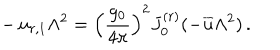
- \, u _ { r , 1 } \Lambda ^ { 2 } = \left( \frac { g _ { 0 } } { 4 \pi } \right) ^ { 2 } J _ { 0 } ^ { ( r ) } ( - { \overline { { { u } } } } \Lambda ^ { 2 } ) \, .